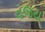
વજય